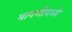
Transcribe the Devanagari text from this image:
मागणीमध्ये